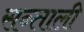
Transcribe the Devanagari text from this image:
सन्ताली